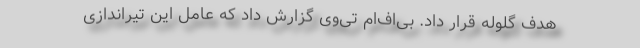
هدف گلوله قرار داد. بی‌اف‌ام تی‌وی گزارش داد که عامل این تیراندازی